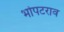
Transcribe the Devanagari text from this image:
भोपटराव